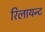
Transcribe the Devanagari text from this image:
रिलायन्ट